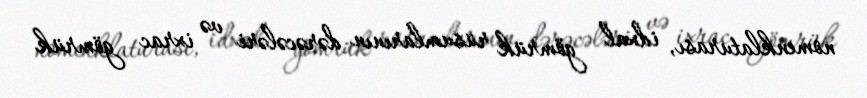
nomenklaturası, idxal gömrük rüsumlarının dərəcələri və ixrac gömrük